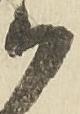
御